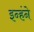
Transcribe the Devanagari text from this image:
इन्हंने